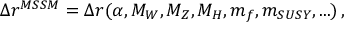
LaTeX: \Delta r ^ { M S S M } = \Delta r ( \alpha , M _ { W } , M _ { Z } , M _ { H } , m _ { f } , m _ { S U S Y } , . . . ) \, ,